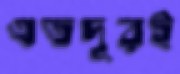
এতদূরই